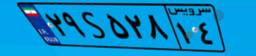
۲۹S۵۲۸۱۴